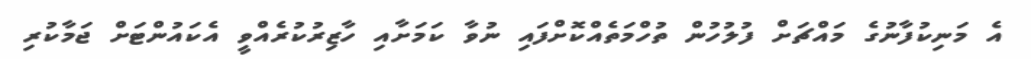
އެ މަނިކުފާނުގެ މައްޗަށް ފުލުހުން ތުހްމަތެއްކޮށްފައި ނުވާ ކަމަށާއި ހާޒިރުކުރެއްވީ އެކައުންޓަށް ޖަމާކުރި